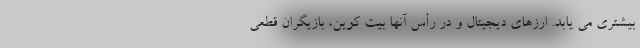
بیشتری می یابد. ارزهای دیجیتال و در رأس آنها بیت کوین، بازیگران قطعی